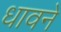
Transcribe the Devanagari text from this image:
धावने